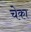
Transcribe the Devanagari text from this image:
चेका